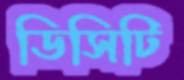
ডিসিটি